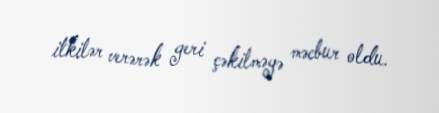
itkilər verərək geri çəkilməyə məcbur oldu.